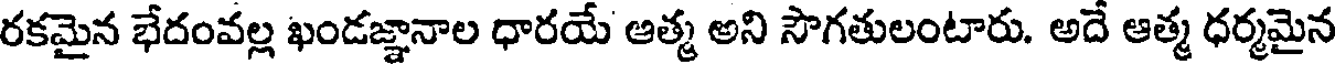
రకమైన భేదంవల్ల ఖండజ్ఞానాల ధారయే ఆత్మ అని సౌగతులంటారు. అదే ఆత్మ ధర్మమైన